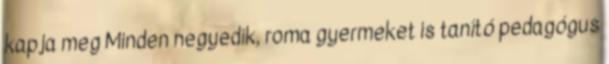
kapja meg Minden negyedik, roma gyermeket is tanító pedagógus